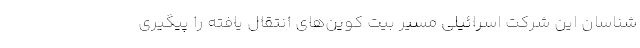
شناسان این شرکت اسرائیلی مسیر بیت کوین‌های انتقال یافته را پیگیری